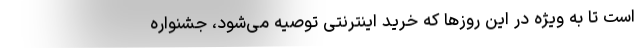
است تا به ویژه در این روزها که خرید اینترنتی توصیه می‌شود، جشنواره